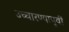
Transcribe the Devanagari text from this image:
उच्चारण्यापूर्वी